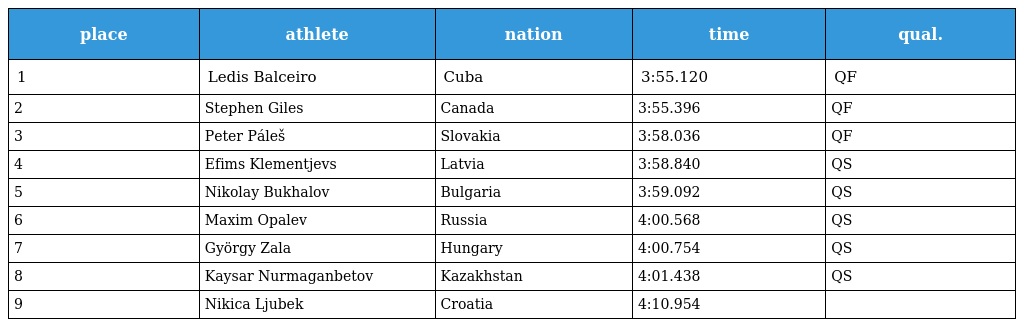
| place | athlete | nation | time | qual. |
 | --- | --- | --- | --- | --- |
 | 1 | Ledis Balceiro | Cuba | 3:55.120 | QF |
 | 2 | Stephen Giles | Canada | 3:55.396 | QF |
 | 3 | Peter Páleš | Slovakia | 3:58.036 | QF |
 | 4 | Efims Klementjevs | Latvia | 3:58.840 | QS |
 | 5 | Nikolay Bukhalov | Bulgaria | 3:59.092 | QS |
 | 6 | Maxim Opalev | Russia | 4:00.568 | QS |
 | 7 | György Zala | Hungary | 4:00.754 | QS |
 | 8 | Kaysar Nurmaganbetov | Kazakhstan | 4:01.438 | QS |
 | 9 | Nikica Ljubek | Croatia | 4:10.954 |  |